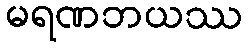
မရဏဘယဿ